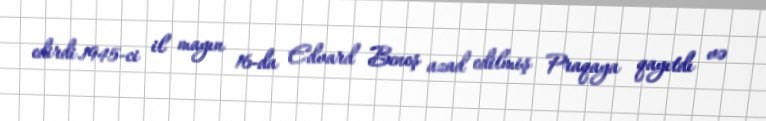
edirdi.1945-ci il mayın 16-da Edvard Beneş azad edilmiş Praqaya qayıtdı və